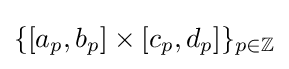
\{[a_{p},b_{p}]\times [c_{p},d_{p}]\}_{p\in \mathbb {Z} }